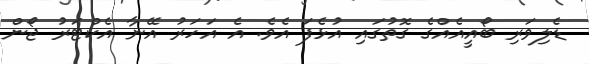
ޑެލިވަރި ބޯއީއެއްގެ ގޮތުގައި އުޅެފަ އެވެ. އެ އަހަރު އޭނާ އެކްޓަރު ޖޯން